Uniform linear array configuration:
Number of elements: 48
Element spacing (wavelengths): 0.25
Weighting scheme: hann
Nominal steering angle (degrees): -30
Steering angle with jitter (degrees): -29.318
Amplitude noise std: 0.05
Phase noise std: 0.05

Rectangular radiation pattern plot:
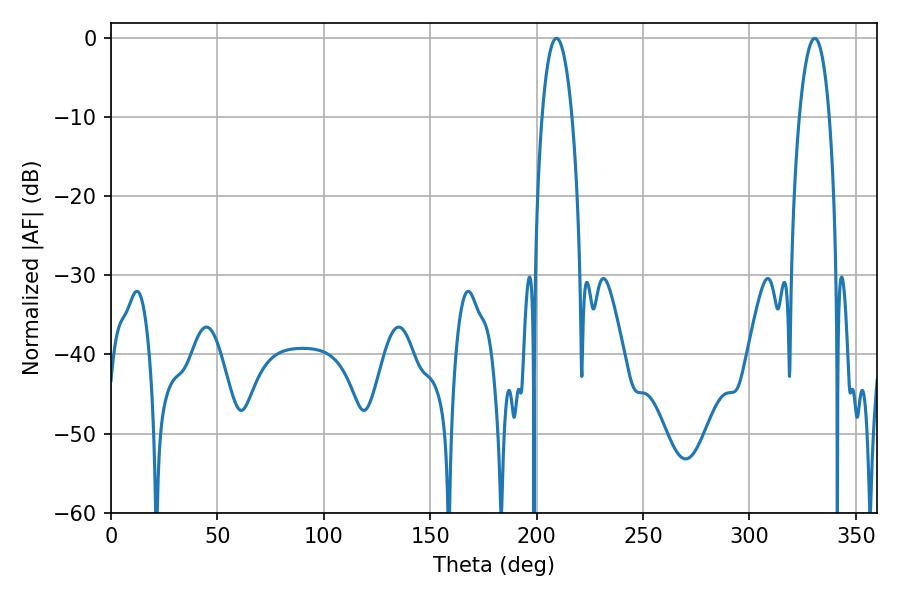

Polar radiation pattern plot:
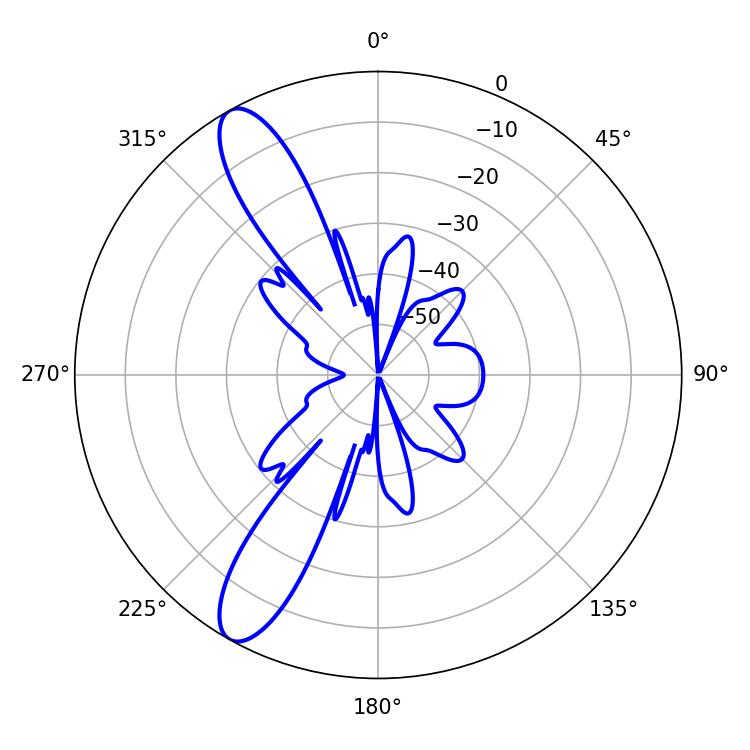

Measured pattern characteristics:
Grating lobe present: FALSE
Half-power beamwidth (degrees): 7.92
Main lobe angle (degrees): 209.34